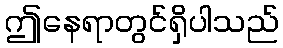
ဤနေရာတွင်ရှိပါသည်